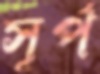
সূর্প